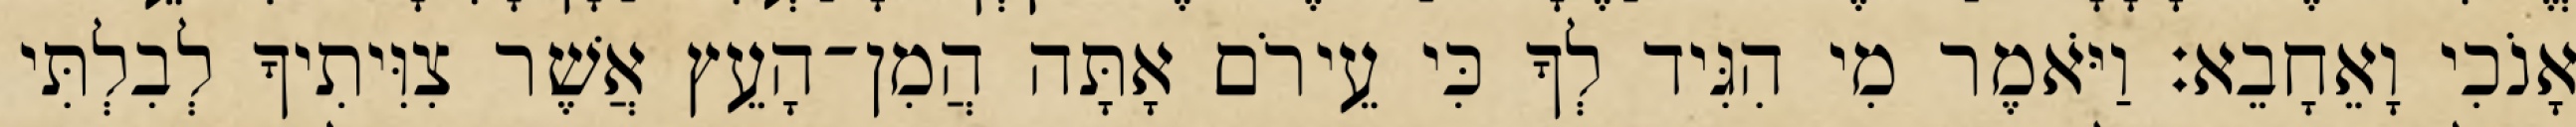
אָנֹכִי וָאֵחָבֵא׃ וַיֹּאמֶר מִי הִגִּיד לְךָ כִּי עֵירֹם אָתָּה הֲמִן־הָעֵץ אֲשֶׁר צִוִּיתִיךָ לְבִלְתִּי